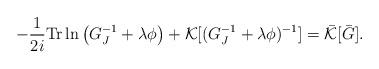
LaTeX: \begin{align*}-\frac{1}{2i}{\rm Tr} \ln \left (G^{-1}_J+\lambda \phi \right)+{\cal K}[(G^{-1}_J+\lambda\phi)^{-1}]=\bar{\cal K}[\bar{G}].\end{align*}